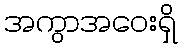
အကွာအဝေးရှိ